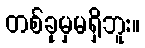
တစ်ခုမှမရှိဘူး။